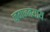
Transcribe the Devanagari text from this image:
जगज्जयाय